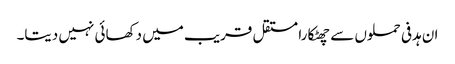
ان ہدفی حملوں سے چھٹکارا مستقل قریب میں دکھائی نہیں دیتا۔